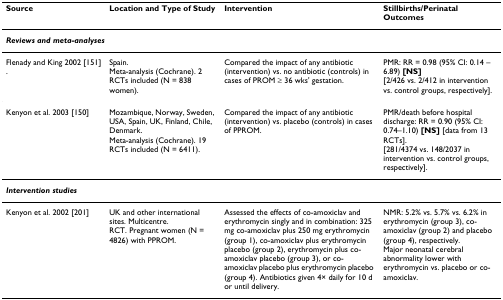
<table><thead><tr><td><b>Source</b></td><td><b>Location and Type of Study</b></td><td><b>Intervention</b></td><td><b>Stillbirths/Perinatal Outcomes</b></td></tr></thead><tbody><tr><td colspan="4"><b><i>Reviews and meta-analyses</i></b></td></tr><tr><td>Flenady and King 2002 [151].</td><td>Spain.Meta-analysis (Cochrane). 2 RCTs included (N = 838 women).</td><td>Compared the impact of any antibiotic (intervention) vs. no antibiotic (controls) in cases of PROM ≥ 36 wks&#x27; gestation.</td><td>PMR: RR = 0.98 (95% CI: 0.14 – 6.89) <b>[NS]</b>[2/426 vs. 2/412 in intervention vs. control groups, respectively].</td></tr><tr><td>Kenyon et al. 2003 [150]</td><td>Mozambique, Norway, Sweden, USA, Spain, UK, Finland, Chile, Denmark.Meta-analysis (Cochrane). 19 RCTs included (N = 6411).</td><td>Compared the impact of any antibiotic (intervention) vs. placebo (controls) in cases of PPROM.</td><td>PMR/death before hospital discharge: RR = 0.90 (95% CI: 0.74–1.10) <b>[NS] </b>[data from 13 RCTs].[281/4374 vs. 148/2037 in intervention vs. control groups, respectively].</td></tr><tr><td colspan="4"><b><i>Intervention studies</i></b></td></tr><tr><td>Kenyon et al. 2002 [201]</td><td>UK and other international sites. Multicentre.RCT. Pregnant women (N = 4826) with PPROM.</td><td>Assessed the effects of co-amoxiclav and erythromycin singly and in combination: 325 mg co-amoxiclav plus 250 mg erythromycin (group 1), co-amoxiclav plus erythromycin placebo (group 2), erythromycin plus co-amoxiclav placebo (group 3), or co-amoxiclav placebo plus erythromycin placebo (group 4). Antibiotics given 4× daily for 10 d or until delivery.</td><td>NMR: 5.2% vs. 5.7% vs. 6.2% in erythromycin (group 3), co-amoxiclav (group 2) and placebo (group 4), respectively.Major neonatal cerebral abnormality lower with erythromycin vs. placebo or co-amoxiclav.</td></tr></tbody></table>